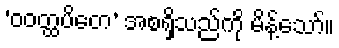
‘ဝဝတ္ထပိတေ’ အစရှိသည်ကို မိန့်သော်။